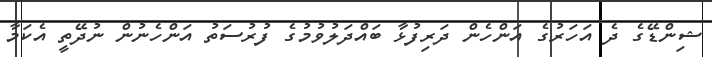
ޝިންޑޭގެ ދެ އަހަރުގެ އަންހެން ދަރިފުޅާ ބައްދަލުވުމުގެ ފުރުސަތު އަންހެނުން ނުދޭތީ އެކަމާ